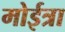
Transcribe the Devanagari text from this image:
मोईत्रा